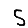
Digit: 5